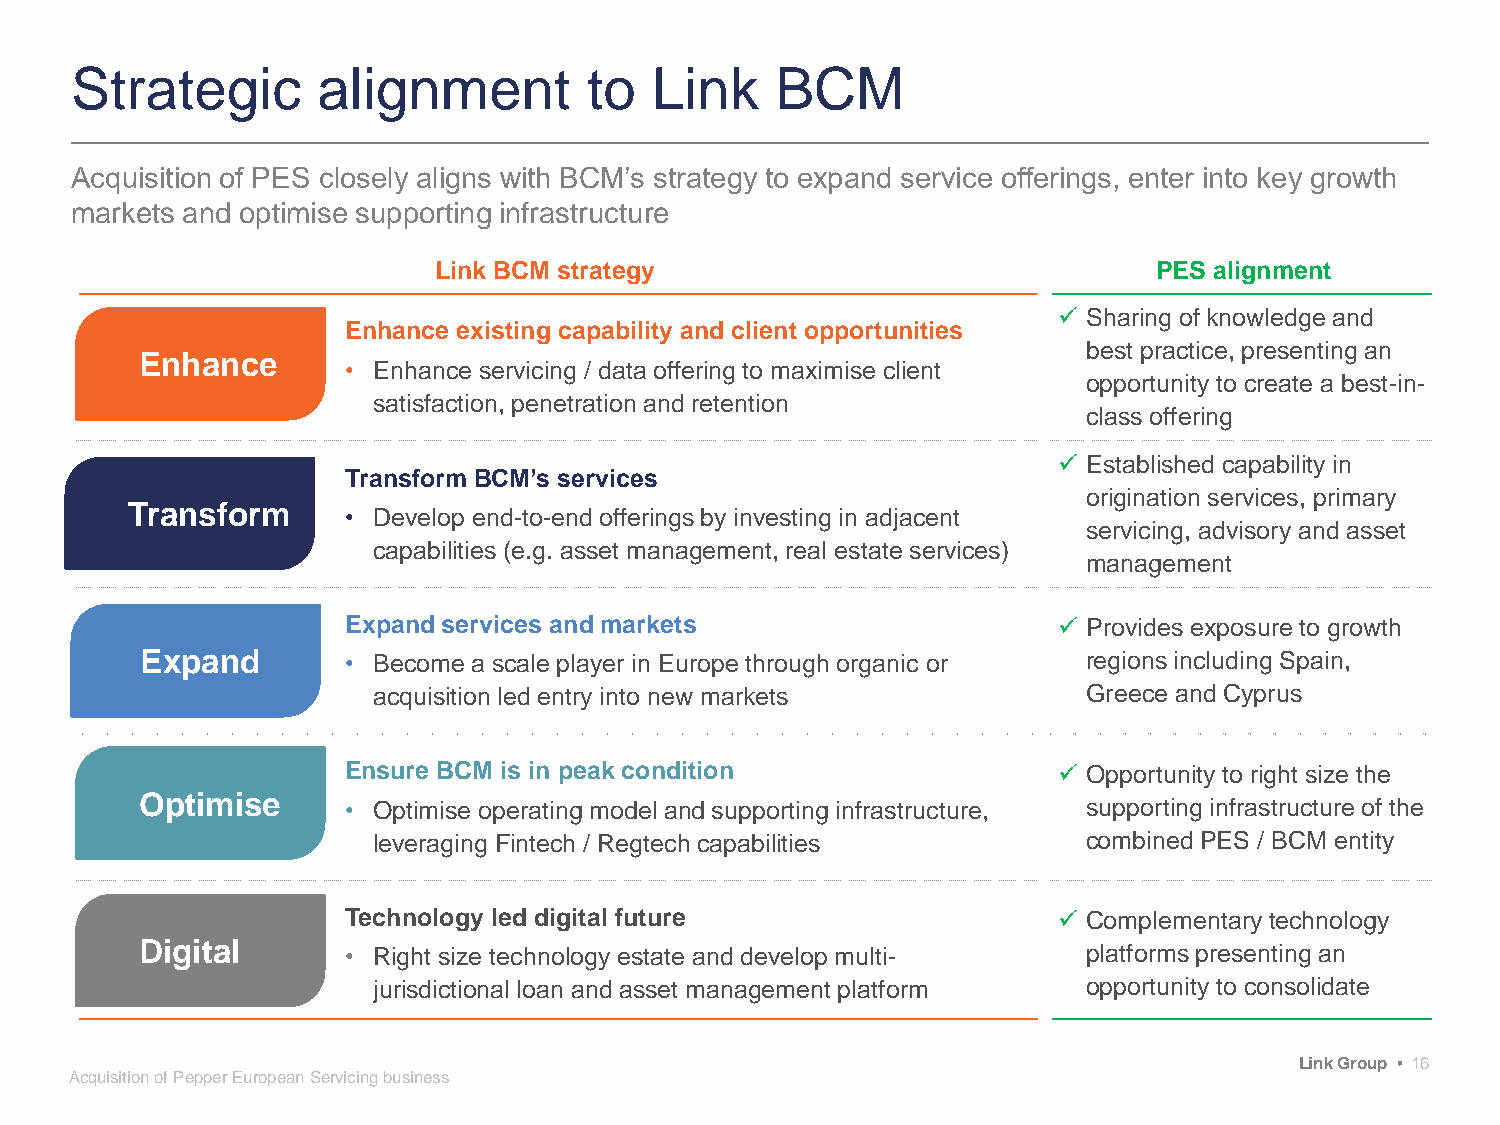
Strategic       alignment         to  Link    BCM
 Acquisition of PES closely aligns with BCM’s strategy to expand service offerings, enter into key growth
 markets and optimise supporting infrastructure
 Link BCM strategy                               PES alignment
  Sharing of knowledge and
 Enhance existing capability and client opportunities
 best practice, presenting an
 Enhance
 • Enhance servicing / data offering to maximise client
 opportunity to create a best-in-
 satisfaction, penetration and retention
 class offering
  Established capability in
 Transform BCM’s services
 origination services, primary
 Transform
 • Develop end-to-end offerings by investing in adjacent
 servicing, advisory and asset
 capabilities (e.g. asset management, real estate services)
 management
 Expand services and markets                     Provides exposure to growth
 Expand        • Become a scale player in Europe through organic or regions including Spain,
 acquisition led entry into new markets         Greece and Cyprus
 Ensure BCM is in peak condition                 Opportunity to right size the
 Optimise
 • Optimise operating model and supporting infrastructure, supporting infrastructure of the
 leveraging Fintech / Regtech capabilities      combined PES / BCM entity
 Technology led digital future                   Complementary technology
 Digital       • Right size technology estate and develop multi- platforms presenting an
 jurisdictional loan and asset management platform opportunity to consolidate
 Link Group • 16
 Acquisition of Pepper European Servicing business